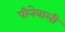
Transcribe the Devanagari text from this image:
पीनेवाली